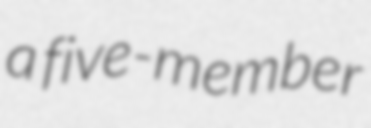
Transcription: a five-member